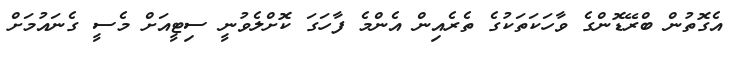
އެގޮތުން ބްރޭޑޮންގެ ވާހަކަތަކުގެ ތެރެއިން އެންމެ ފާހަގަ ކޮށްލެވުނީ ސިޓީއަށް މެސީ ގެނައުމަށް